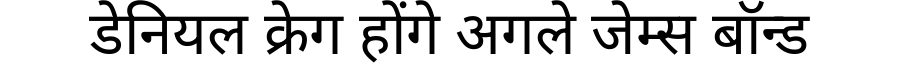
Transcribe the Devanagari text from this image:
डेनियल क्रेग होंगे अगले जेम्स बॉन्ड